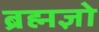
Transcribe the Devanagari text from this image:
ब्रह्मज्ञो